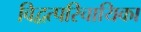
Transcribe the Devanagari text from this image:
विद्वत्परिचायिका